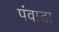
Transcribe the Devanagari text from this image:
पंवाडा